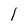
Character: l